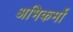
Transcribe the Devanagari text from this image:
अभिकर्मो